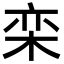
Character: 栾